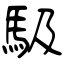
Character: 馺